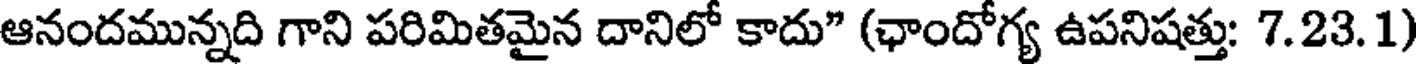
ఆనందమున్నది గాని పరిమితమైన దానిలో కాదు" (ఛాందోగ్య ఉపనిషత్తు: 7.23. 1)